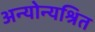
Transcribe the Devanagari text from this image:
अन्योन्यश्रित